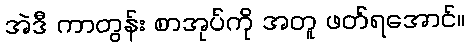
အဲဒီ ကာတွန်း စာအုပ်ကို အတူ ဖတ်ရအောင်။